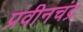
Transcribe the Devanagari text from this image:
प्रवीनचंद्र